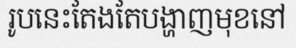
រូបនេះតែងតែបង្ហាញមុខនៅ